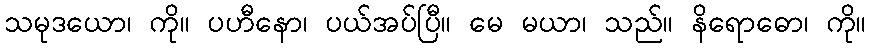
သမုဒယော၊ ကို။ ပဟီနော၊ ပယ်အပ်ပြီ။ မေ မယာ၊ သည်။ နိရောဓော၊ ကို။